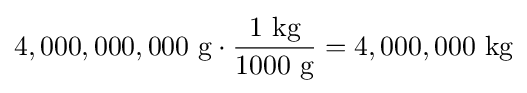
4,000,000,000\ {\text{g}}\cdot {\frac {1\ {\text{kg}}}{1000\ {\text{g}}}}=4,000,000\ {\text{kg}}